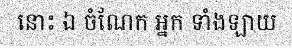
នោះ ឯ ចំណែក អ្នក ទាំងឡាយ